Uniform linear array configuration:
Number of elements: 4
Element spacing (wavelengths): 0.5
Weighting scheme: hann
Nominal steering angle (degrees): -45
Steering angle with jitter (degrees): -44.995
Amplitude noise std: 0.05
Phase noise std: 0.05

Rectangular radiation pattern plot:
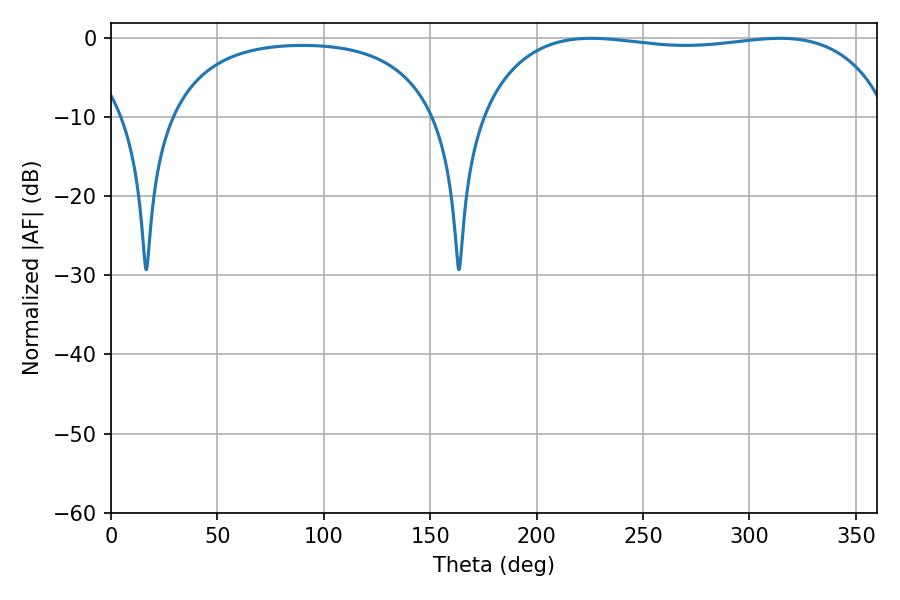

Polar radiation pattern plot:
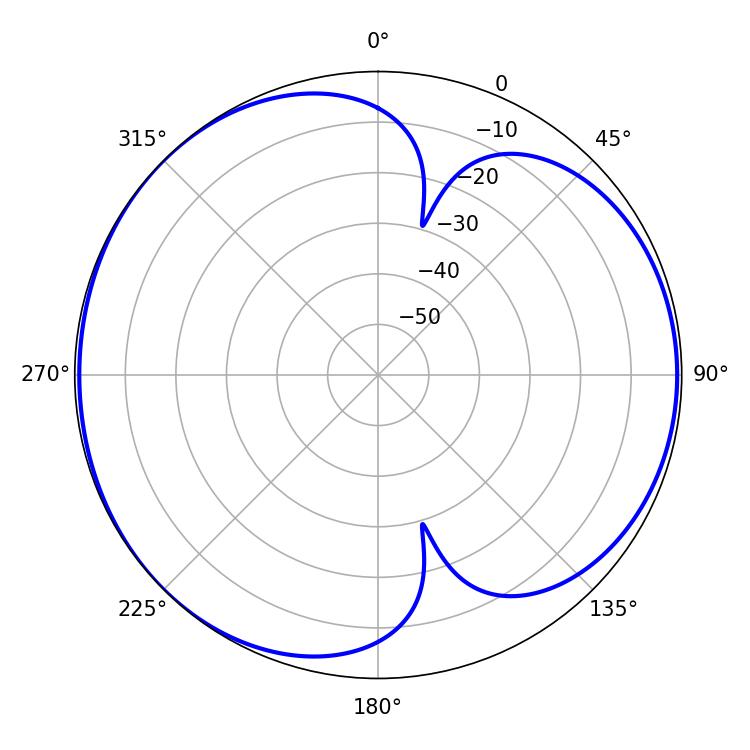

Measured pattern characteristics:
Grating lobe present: FALSE
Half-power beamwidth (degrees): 155.16
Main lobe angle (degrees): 225.72